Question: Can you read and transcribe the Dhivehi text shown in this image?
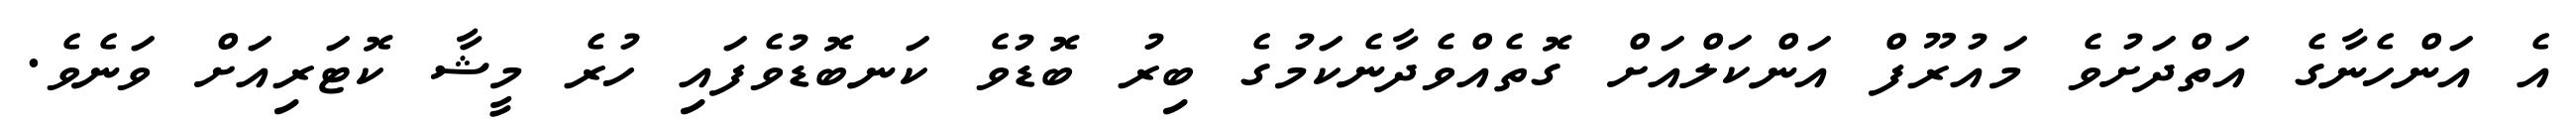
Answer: އެ އަންހެނާގެ އަތްދަށުވެ މައުރޫފް އަންކަލްއަށް ގޮތެއްވެދާނެކަމުގެ ބިރު ބޮޑުވެ ކަނބޮޑުވެފައި ހުރެ މީޝާ ކޮޓަރިއަށް ވަނެވެ.